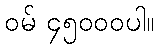
ဝမ် ၄၅၀၀၀ပါ။